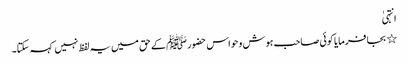
انتہیٰ
٭ بجا فرمایا کوئی صاحب ہوش و حواس حضورﷺ کے حق میں یہ لفظ نہیں کہہ سکتا۔